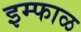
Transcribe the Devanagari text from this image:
इम्फाळ